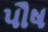
પૌષ